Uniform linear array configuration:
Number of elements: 4
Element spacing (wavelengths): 0.75
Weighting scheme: kaiser
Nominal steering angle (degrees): -15
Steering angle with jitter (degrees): -13.607
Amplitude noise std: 0.05
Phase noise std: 0.05

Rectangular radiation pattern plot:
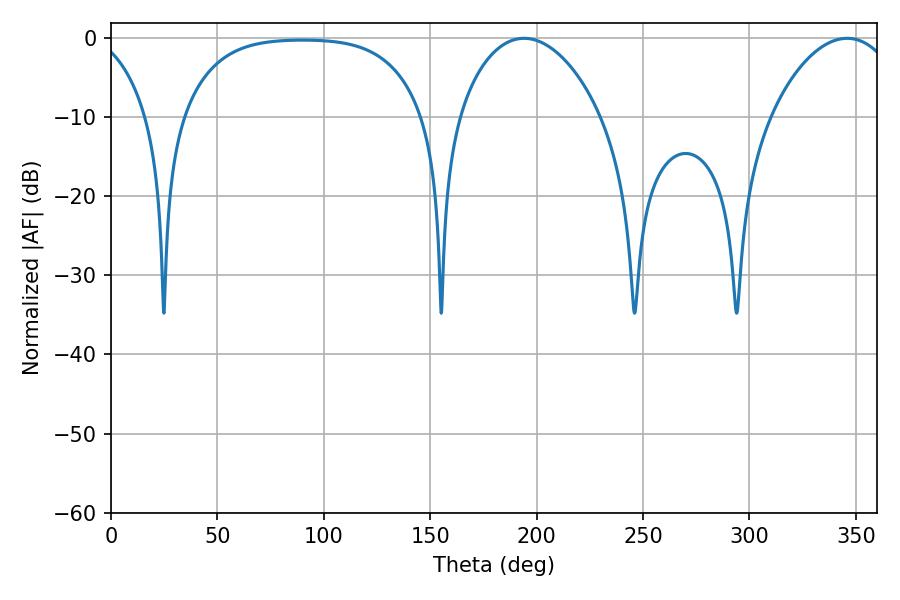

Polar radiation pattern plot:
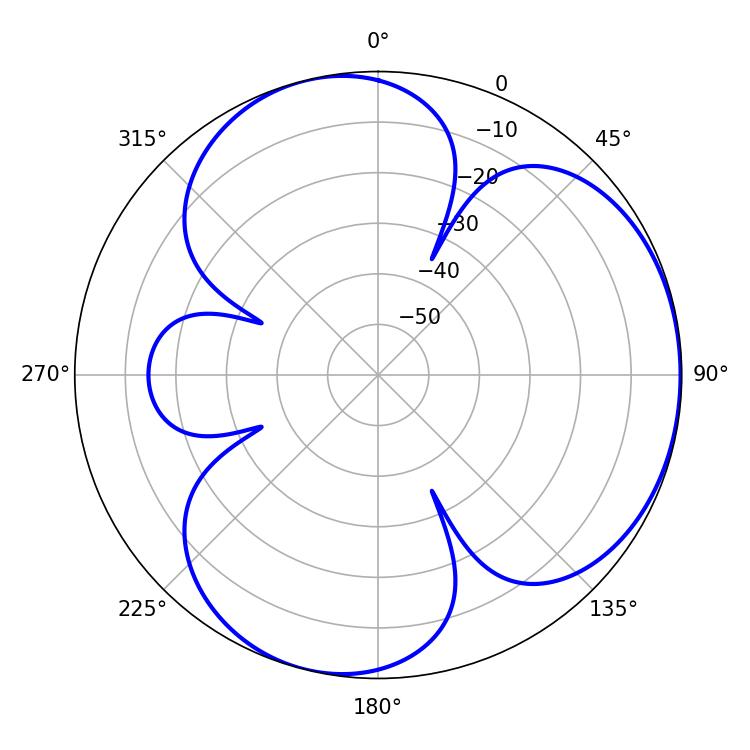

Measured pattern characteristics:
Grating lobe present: TRUE
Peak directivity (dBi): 4.033
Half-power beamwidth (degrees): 37.98
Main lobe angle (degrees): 194.04